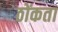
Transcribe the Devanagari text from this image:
ठोंकता